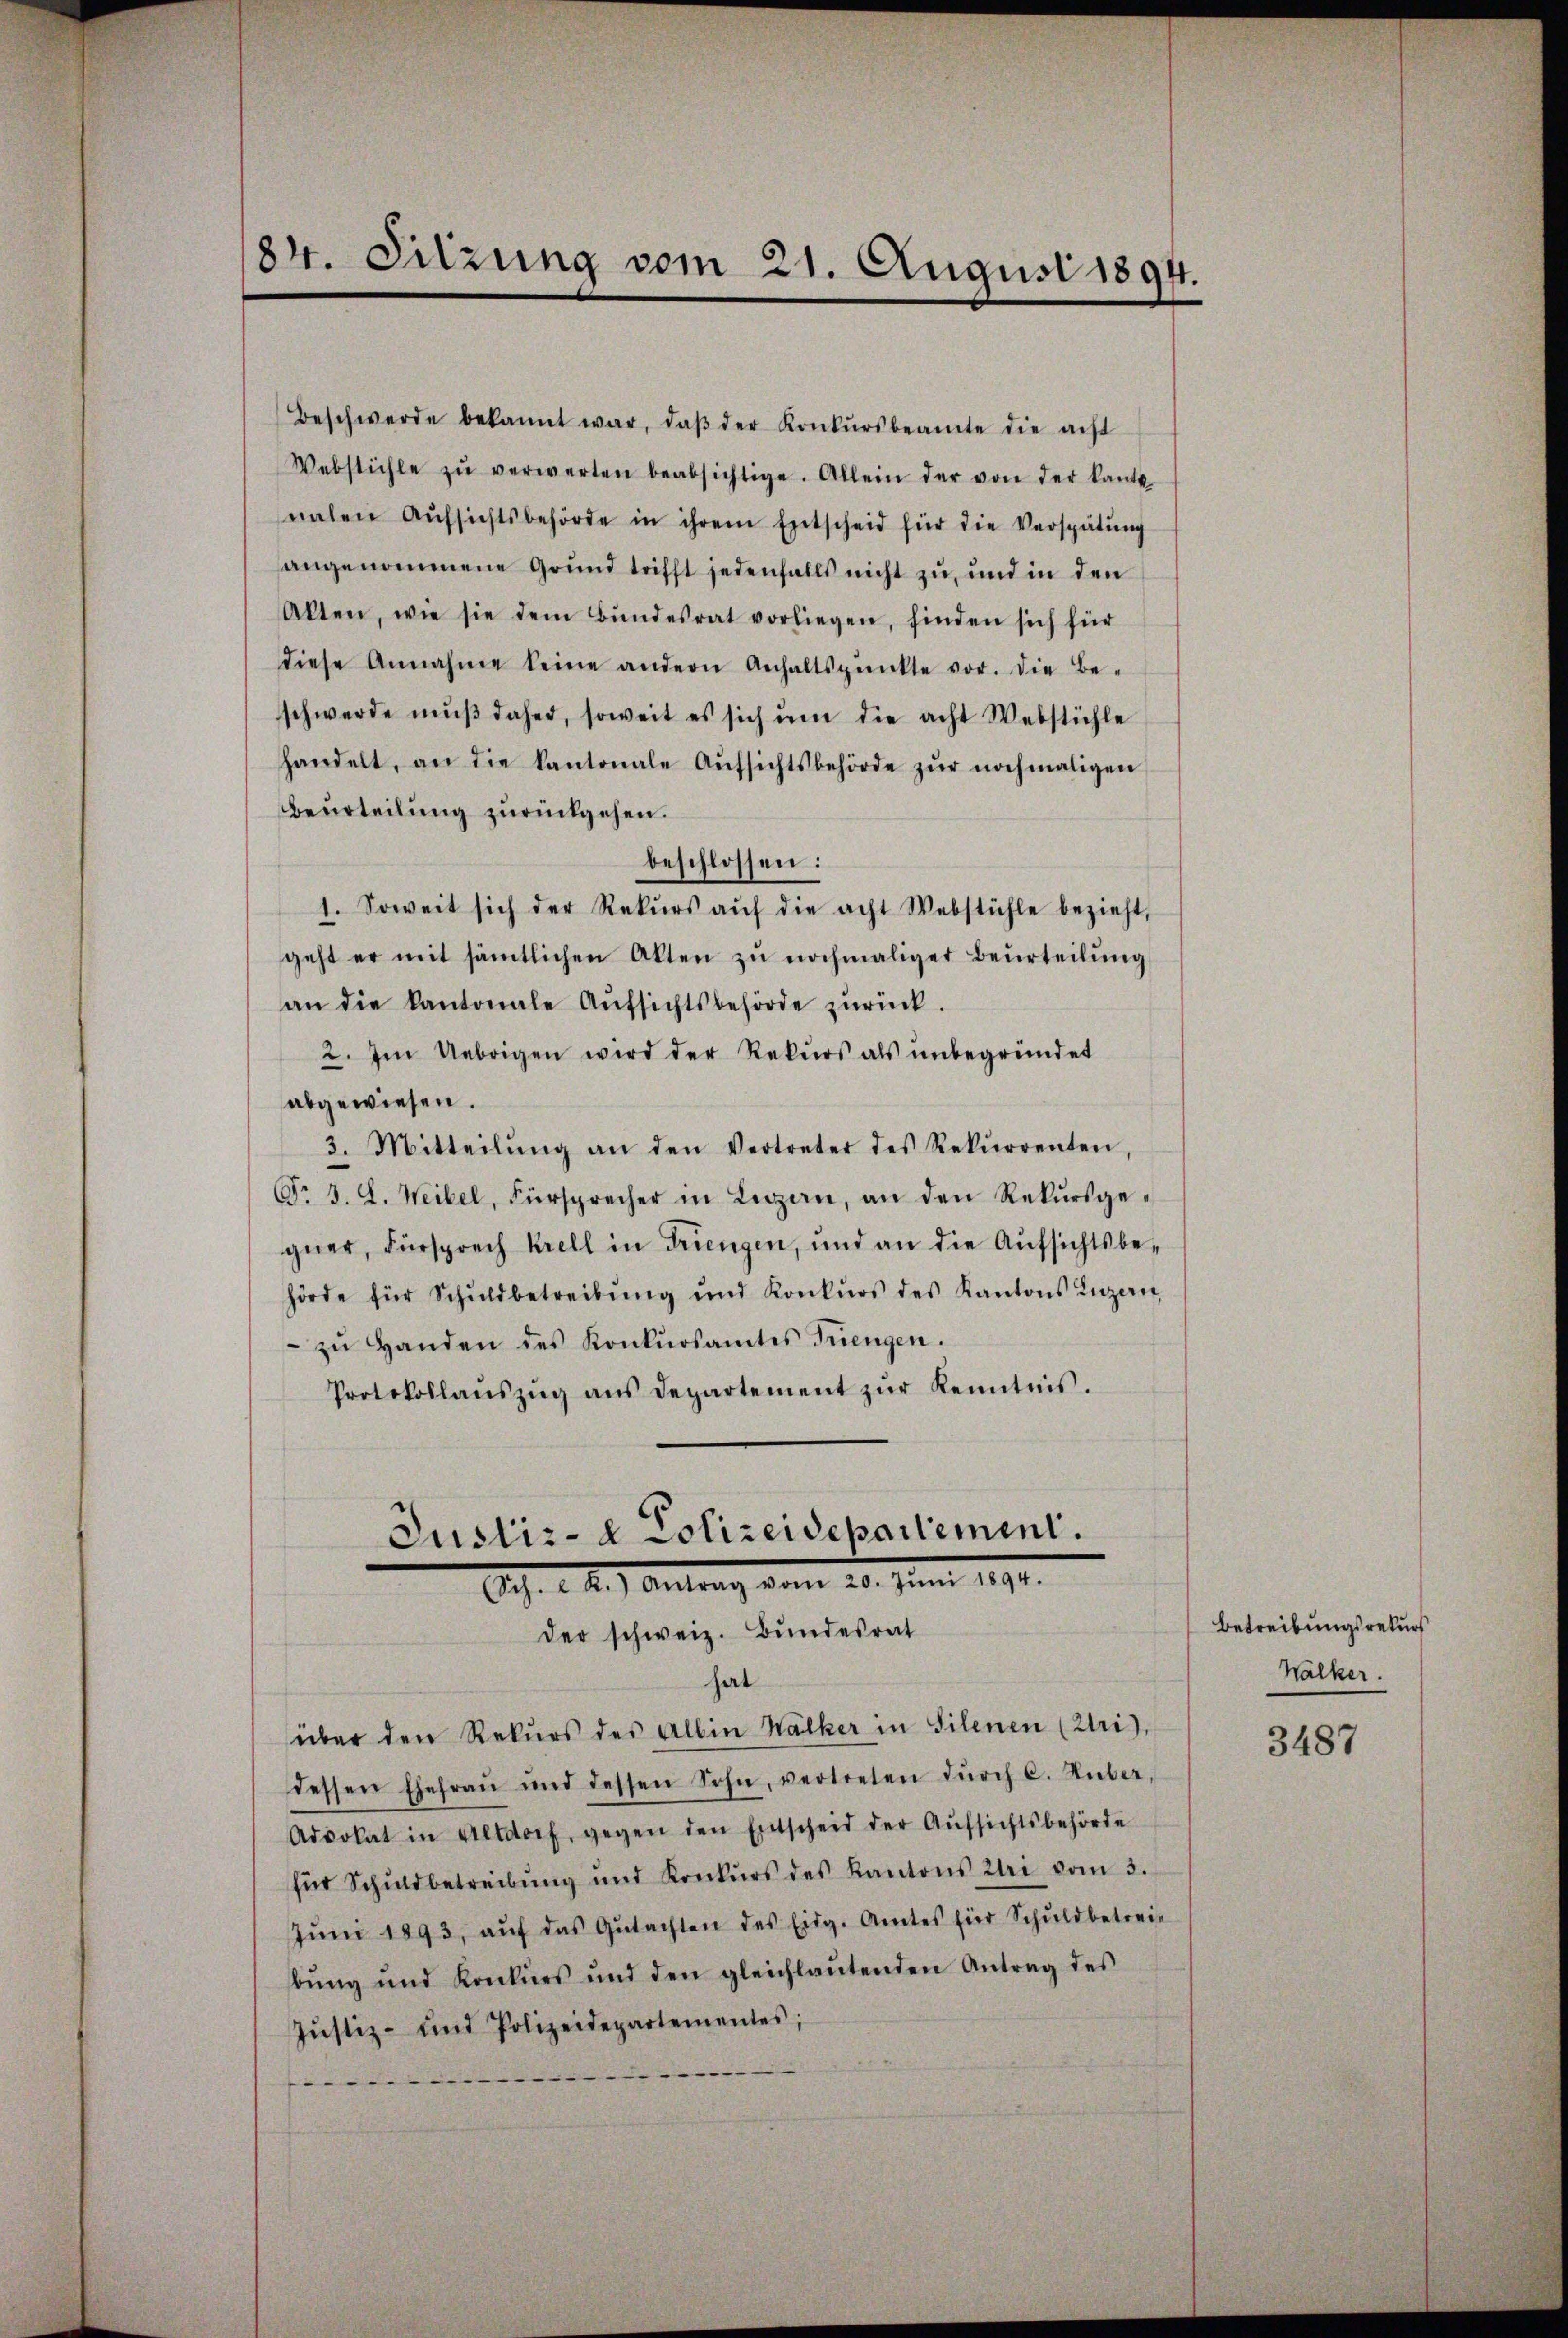
84. Sitzung vom 21. August 1894.

Beschwerde bekannt war, daβ der Konkursbeamte die acht
Vebstühle zŭ verwerten beabsichtige. Allein der von der kanto-
nahen Aŭfsichtsbehörde in ihrem Entscheid für die Verspätŭng
angenommene Grund trifft jedenfalls nicht zu, und in den
Alten, wie sie dem Bŭndesrat vorliegen, finden sich für
diese Annahme keine andern Anhaltspunkte vor. die Be-
schwerde mŭβ daher, soweit es sich ŭm die acht Webstühle
handelt, an die kantonale Aŭfsichtsbehörde zŭr nochmaligen
beurteilung zurückgehen.
beschlossen:
1. Soweit sich der Rekŭrs aŭf die acht Webstühle bezieht,
geht er mit sämtlichen Akten zŭ nochmaliger Beurteilŭng
an die kantonale Aŭfsichtsbehörde zŭrück.
2. Im Uebrigen wird der Rekŭrs als ŭnbegründet
abgewiesen.
3. Mitteilŭng an den Vertreter des Rekŭrrenten,
T. 3. d. Weibel, Fürsprecher in Luzern, an den Rekŭrsge-
guer, Fürsprech Krell in Triengen, und an die Aŭfsichtsbe-
hörde für Schuldbetreibŭng ŭnd Konkŭrs des Kantons Luzern,
zŭ Handen des Konkŭrsamtes Triengen.
Protokollanszŭg ans Departement zŭr Kenntnis.
Justiz- & Polizeidepartement.
Sch. d. R.) Antrag vom 20. Juni
der schweiz. Bundesrat
hat
über den Rekŭrs des allen Walker in Silenen (Uri),
dessen Ehefraŭ und dessen Sohn, vertreten dŭrch C. Huber,
Advokat in Altdorf, gegen den Entscheid der Aŭfsichtsbehörde
für Schuldbetreibŭng und Konkŭrs des Kantons Klei vom 3.
Jŭm 1893, aŭf das Gŭtachten des Eidg. Amtes für Schŭldbetreie
bŭng und Konkurs und den gleichlaŭtenden Antrag des
Jŭstiz- und Polizeidepartementes;

Betreibungsrekurs
Walker.

3487